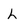
Character: L